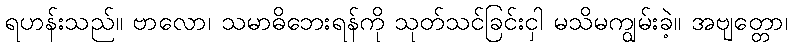
ရဟန်းသည်။ ဗာလော၊ သမာဓိဘေးရန်ကို သုတ်သင်ခြင်းငှါ မသိမကျွမ်းခဲ့။ အဗျတ္တော၊